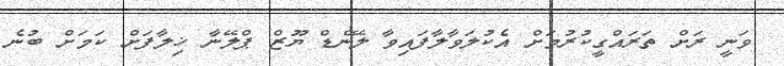
ވަނީ ރަށް ތަރައްގީކުރުމަށް އެކުލަވާލާފައިވާ ލޭންޑް ޔޫޒް ޕްލޭނާ ޚިލާފަށް ކަމަށް ބުނެ